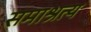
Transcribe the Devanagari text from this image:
समाश्रत्य